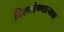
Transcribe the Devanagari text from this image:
विशलेष्णात्मक